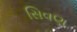
સિવણ